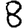
Digit: 8